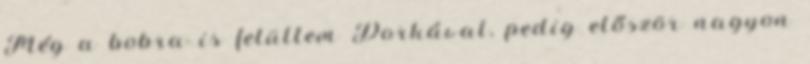
Még a bobra is felültem Dorkával, pedig először nagyon